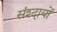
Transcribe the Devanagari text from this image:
संश्दायों